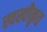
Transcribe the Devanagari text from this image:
स्वस्वीकृत